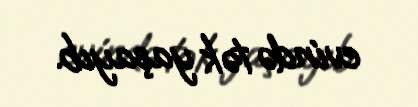
evində tək yaşayıb.